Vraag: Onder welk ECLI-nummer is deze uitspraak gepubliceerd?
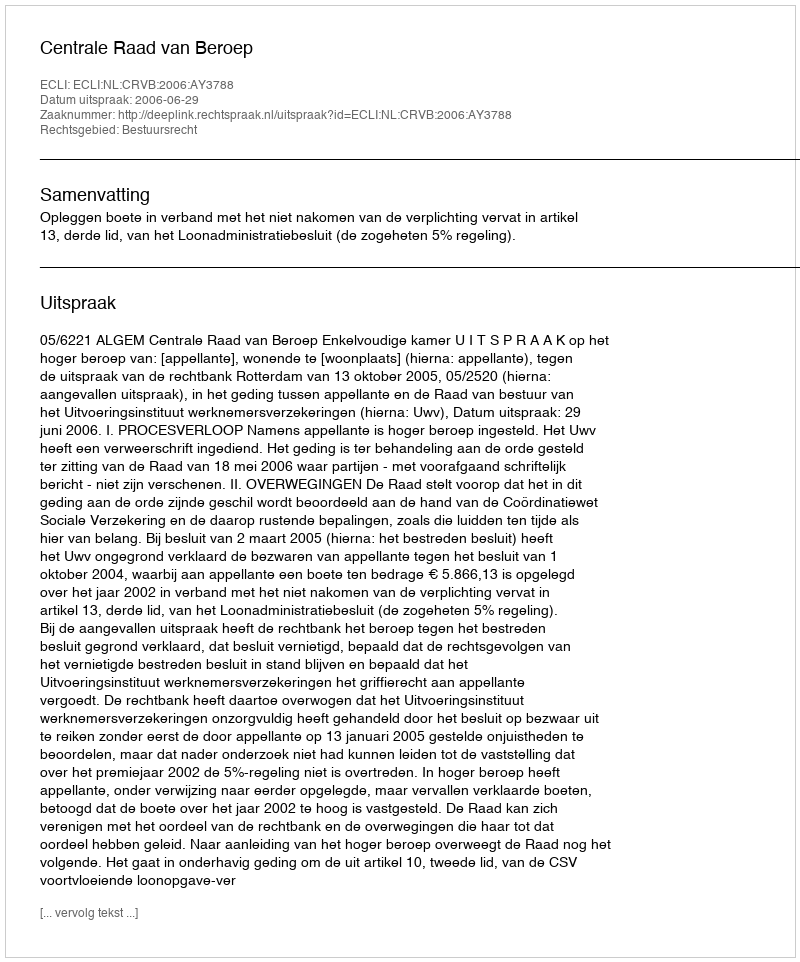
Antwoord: ECLI:NL:CRVB:2006:AY3788